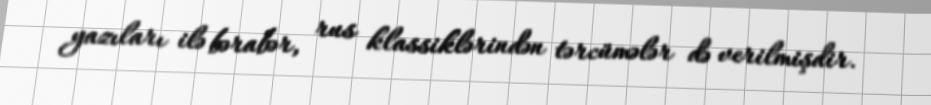
yazıları ilə bərabər, rus klassiklərindən tərcümələr də verilmişdir.